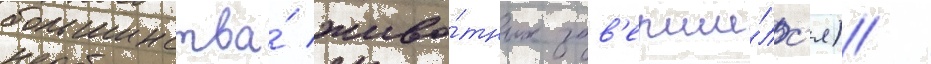
большинства́ живо́тных зав'ерши́лс'я) /